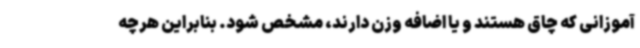
‌آموزانی که چاق هستند و یا اضافه ‌وزن دارند، مشخص شود. بنابراین هرچه